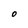
Character: O